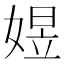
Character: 𡟄